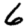
Digit: 6